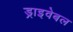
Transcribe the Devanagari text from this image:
ड्राइवेबल